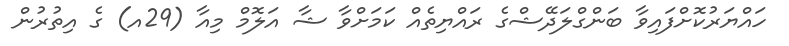
ހައްޔަރުކޮށްފައިވާ ބަންގްލަދޭޝްގެ ރައްޔިތެއް ކަމަށްވާ ޝާ އަލޮމް މިއާ (29އ) ގެ އިތުރުން